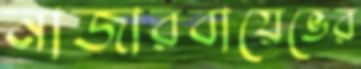
নাজারবায়েভের